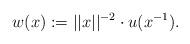
LaTeX: \begin{align*}w (x):=||x||^{-2}\cdot u (x^{-1}).\end{align*}